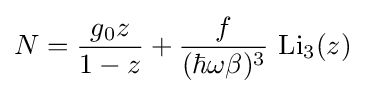
N={\frac {g_{0}z}{1-z}}+{\frac {f}{(\hbar \omega \beta )^{3}}}~\mathrm {Li} _{3}(z)